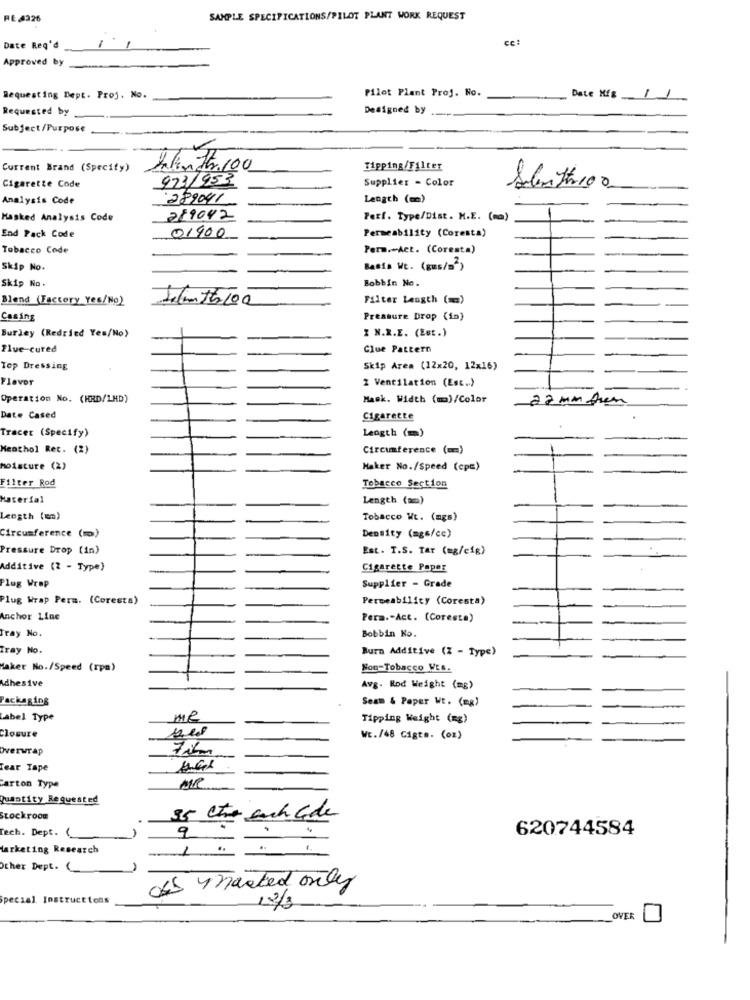
RE 4326
SAMPLE SPECIFICATIONS/PILOT PLANT WORK REQUEST
cc:
Date Req'd
Approved by
Pilot Plant Proj. No.
Requesting Dept. Proj. No.
Date Mig
Requested by
Designed by
Subject/Purpose
Current Brand (Specify)
HelenStr. 100
Tipping/Filter
923/953
Supplier - Color
Cigarette Code
Analysis Code
289041
Length (mm)
Masked Analysis Code
289042
Perf. Type/Dist. M.E. (mm)
Permeability (Coresta)
End Pack Code
01900
Tobacco Code
Perm .- Act. (Coresta)
Skip No.
Basis Wt. (gus/=")
Skip No.
Bobbin No.
Blend (Factory Yes/No)
Filter Length (=)
Casing
Pressure Drop (in)
Burley (Redried Yes/No)
I N.R.E. (Est.)
Flue-cured
Clue Pattern
Top Dressing
Skip Area (12x20, 12x16)
Flavor
2 Ventilation (Est .. )
Operation No. (HRD/1HD)
Mask. Width (ma)/Color
22 mm tem
Date Cased
Cigarette
Tracer (Specify)
Length (m)
Menthol Ret. (2)
Circumference (mm)
moisture (2)
Haker No./Speed (cpc)
Filter Rod
Tobacco Section
Hacerfal
Length (mm)
Length (en)
Tobacco Wt. (mgs)
Circumference (mo)
Density (mgs/cc)
Pressure Drop (in)
Est. T.S. Tar (mg/cig)
Additive (2 - Type)
Cigarette Paper
Plug Wrap
Supplier - Grade
Plug Wrap Pers. (Coresta)
Permeability (Coresta)
Anchor Line
Pera .- Act. (Coresta)
Tray No.
Bobbin Ko.
Tray No.
Burn Additive (Z - Type)
Haker No./Speed (rpm)
Nou-Tobacco WES.
Adhesive
Avg. Rod Weight (mg)
Packaging
Seam & Paper Wt. (mg)
Label Type
Me
Tipping Weight (mg)
WE./48 Gigts. (oz)
Overwrap
Tear Tape
arton Type
MR
Quantity Requested
Stockroom
35 Che cach aide
Tech. Dept. (
9
620744584
farketing Research
1
Other Dept. (
os - necked only
Special Instructions
12/3
OVER